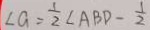
\angle a = \frac { 1 } { 2 } \angle A B D - \frac { 1 } { 2 }